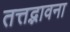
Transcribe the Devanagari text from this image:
तत्तद्भावना